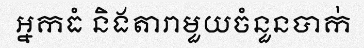
អ្នកធំ និងតារាមួយចំនួនបាក់